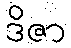
ဒိဇာ